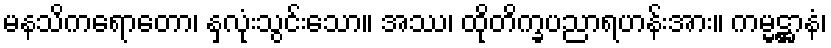
မနသိကရောတော၊ နှလုံးသွင်းသော။ အဿ၊ ထိုတိက္ခပညာရဟန်းအား။ ကမ္မဋ္ဌာနံ၊